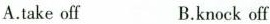
A.take off B.knock off